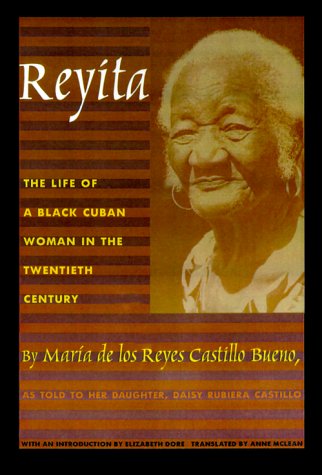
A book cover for Reyita: The Life of a Black Cuban Woman in the Twentieth Century; Maria De Los Reyes Castillo Bueno; Biographies & Memoirs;